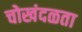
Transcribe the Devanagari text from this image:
चोखंदळता